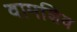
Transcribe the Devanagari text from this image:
वामशिव